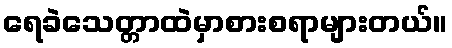
ရေခဲသေတ္တာထဲမှာစားစရာများတယ်။